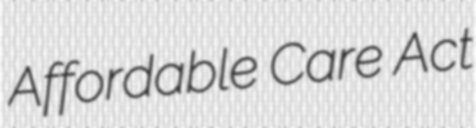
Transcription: Affordable Care Act